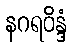
နဂရဝိန္ဒံ